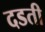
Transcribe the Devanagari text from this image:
दडती